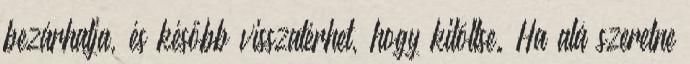
bezárhatja, és később visszatérhet, hogy kitöltse. Ha alá szeretne